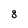
Character: 8